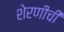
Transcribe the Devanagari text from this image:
शेरणीची